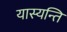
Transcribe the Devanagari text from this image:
यास्यन्ति